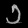
Digit: ၁